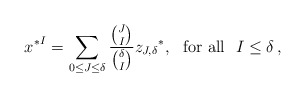
\begin{align*}{x^*}^I=\sum_{0\le J\le \delta} \frac{\binom{J}{I}}{\binom{\delta}{I}} {z_{J,\delta}}^*,\ \mbox{ for all }\ I\le \delta\,,\end{align*}